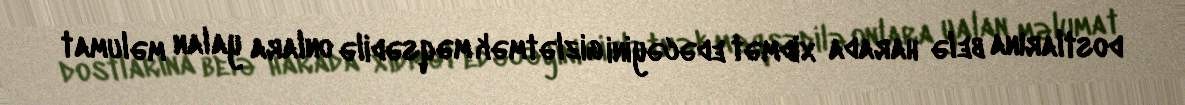
dostlarına belə harada xidmət edəcəyini gizlətmək məqsədilə onlara yalan məlumat